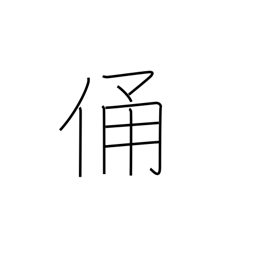
Meaning: effigy